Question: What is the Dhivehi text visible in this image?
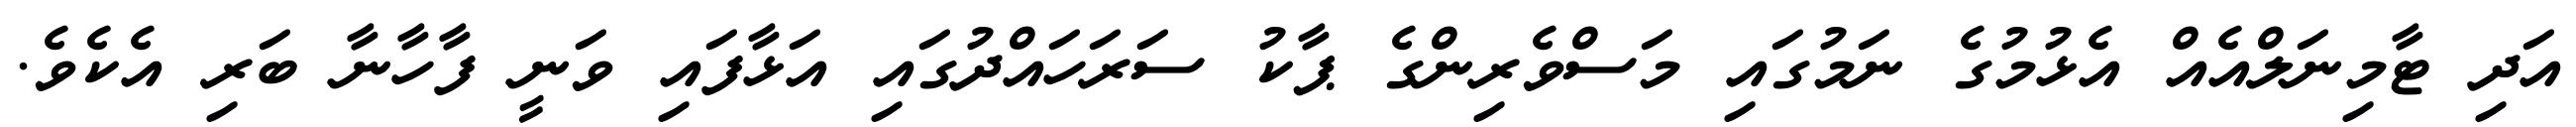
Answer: އަދި ޓާމިނަލްއެއް އެޅުމުގެ ނަމުގައި މަސްވެރިންގެ ޕާކު ސަރަހައްދުގައި އަޅާފައި ވަނީ ފާހާނާ ބަރި އެކެވެ.